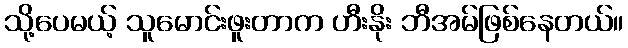
သို့ပေမယ့် သူမောင်းဖူးတာက ဟီးနိုး ဘီအမ်ဖြစ်နေတယ်။